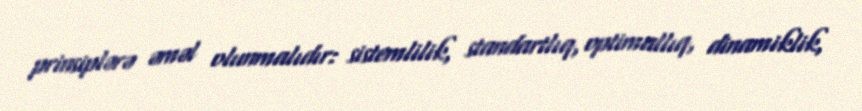
prinsiplərə əməl olunmalıdır: sistemlilik, standartlıq, optimallıq, dinamiklik,